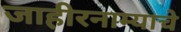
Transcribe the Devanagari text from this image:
जाहीरनाम्याचे